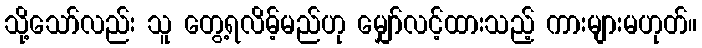
သို့သော်လည်း သူ တွေ့ရလိမ့်မည်ဟု မျှော်လင့်ထားသည့် ကားများမဟုတ်။